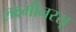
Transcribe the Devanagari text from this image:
लक्ष्मीनरसू